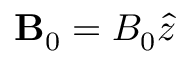
\mathbf { B } _ { 0 } = B _ { 0 } \hat { z }